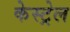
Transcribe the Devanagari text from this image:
केस्ट्रेल